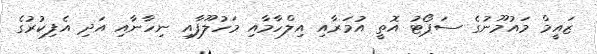
ޒައީމް މައުމޫނުގެ ސަޕޯޓު އޮތީ އުމަރާއި އިލްހާމާއި މަހުލޫފާއި ނިހާނާއި އަދި އެފިކުރުގެ